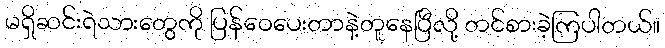
မရှိဆင်းရဲသားတွေကို ပြန်ဝေပေးတာနဲ့တူနေပြီလို့ တင်စားခဲ့ကြပါတယ်။